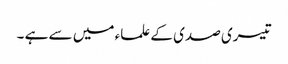
تیسری صدی کے علماء میں سے ہے ۔